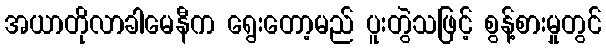
အယာတိုလာခါမေနီက ရွေးတော့မည် ပူးတွဲသဖြင့် စွန့်စားမှုတွင်